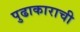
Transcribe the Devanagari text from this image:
पुढाकाराची